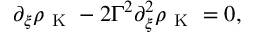
\begin{array} { r } { \partial _ { \xi } \rho _ { \mathrm { ~ K ~ } } - 2 \Gamma ^ { 2 } \partial _ { \xi } ^ { 2 } \rho _ { \mathrm { ~ K ~ } } = 0 , } \end{array}